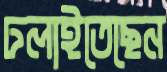
ঢলাইতেছেন